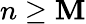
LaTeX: n\geq\mathbf{M}